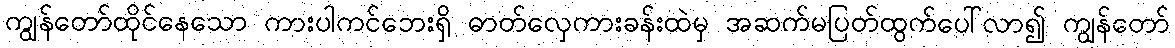
ကျွန်တော်ထိုင်နေသော ကားပါကင်ဘေးရှိ ဓာတ်လှေကားခန်းထဲမှ အဆက်မပြတ်ထွက်ပေါ်လာ၍ ကျွန်တော်